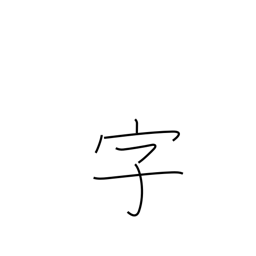
Meaning: section of village